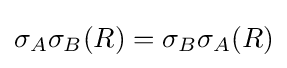
\sigma _{A}\sigma _{B}(R)=\sigma _{B}\sigma _{A}(R)\,\!